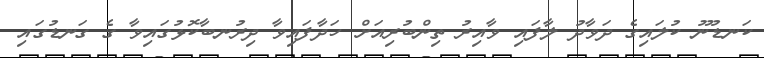
ކަނޑުނޫ ކުލައިގެ ދަވާދު ލާފައި ވާއިރު ތިންބުރިއަށް ހަދާފައިވާ ދިރުނބާކޮޅުގައިވާ ގެ ގަނޑުގައި